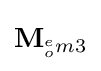
\mathbf {M} _{^{e}_{o}m3}